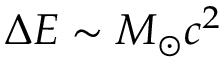
\Delta E \sim M _ { \odot } c ^ { 2 }